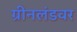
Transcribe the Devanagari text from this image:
ग्रीनलंडवर